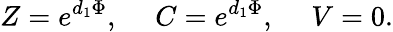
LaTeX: Z=e^{d_{1}\Phi},\ \ \ \ \ C=e^{d_{1}\Phi},\ \ \ \ \ V=0.